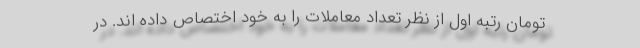
تومان رتبه اول از نظر تعداد معاملات را به خود اختصاص داده اند. در